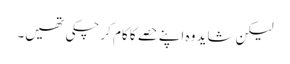
لیکن شاید وہ اپنے حصے کا کام کر چکی تھیں۔